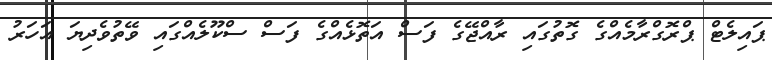
ޕައިލެޓް ޕްރޮގްރާމެއްގެ ގޮތުގައި ރާއްޖޭގެ ފަސް އަތޮޅެއްގެ ފަސް ސްކޫލެއްގައި ވޭތުވެދިޔަ އަހަރު